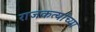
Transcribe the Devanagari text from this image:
राजकर्त्याच्या